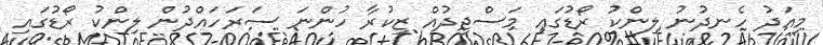
މިއަދު ހެނދުނު ލިންކު ރޯޑުގައި މަސްޖިދުއް ޒިކުރާ ހުންނަ ސަރަހައްދުން ލިންކު ރޯޑުގައި